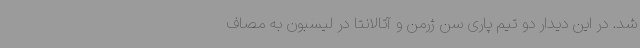
شد. در این دیدار دو تیم پاری سن ژرمن و آتالانتا در لیسبون به مصاف